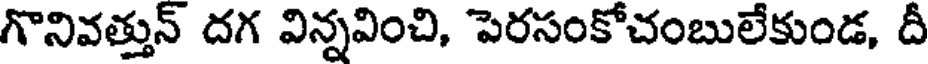
గొనివత్తున్ దగ విన్నవించి, పెరసంకోచంబులేకుండ, దీ